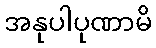
အနုပါပုဏာမိ